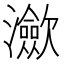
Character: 㶑